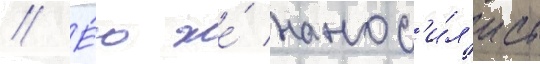
// Е́ю же́ нанос'и́л'ись